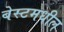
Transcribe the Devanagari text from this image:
बेस्टमधील